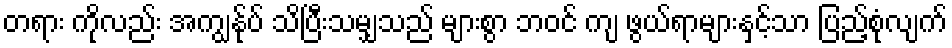
တရား ကိုလည်း အကျွန်ုပ် သိပြီးသမျှသည် များစွာ ဘဝင် ကျ ဖွယ်ရာများနှင့်သာ ပြည့်စုံလျက်